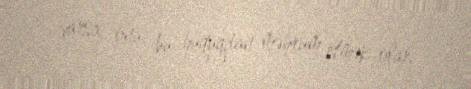
varsa, onu bu hüquqdan məhrum etmək olar.